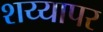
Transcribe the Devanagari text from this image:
शय्यापर